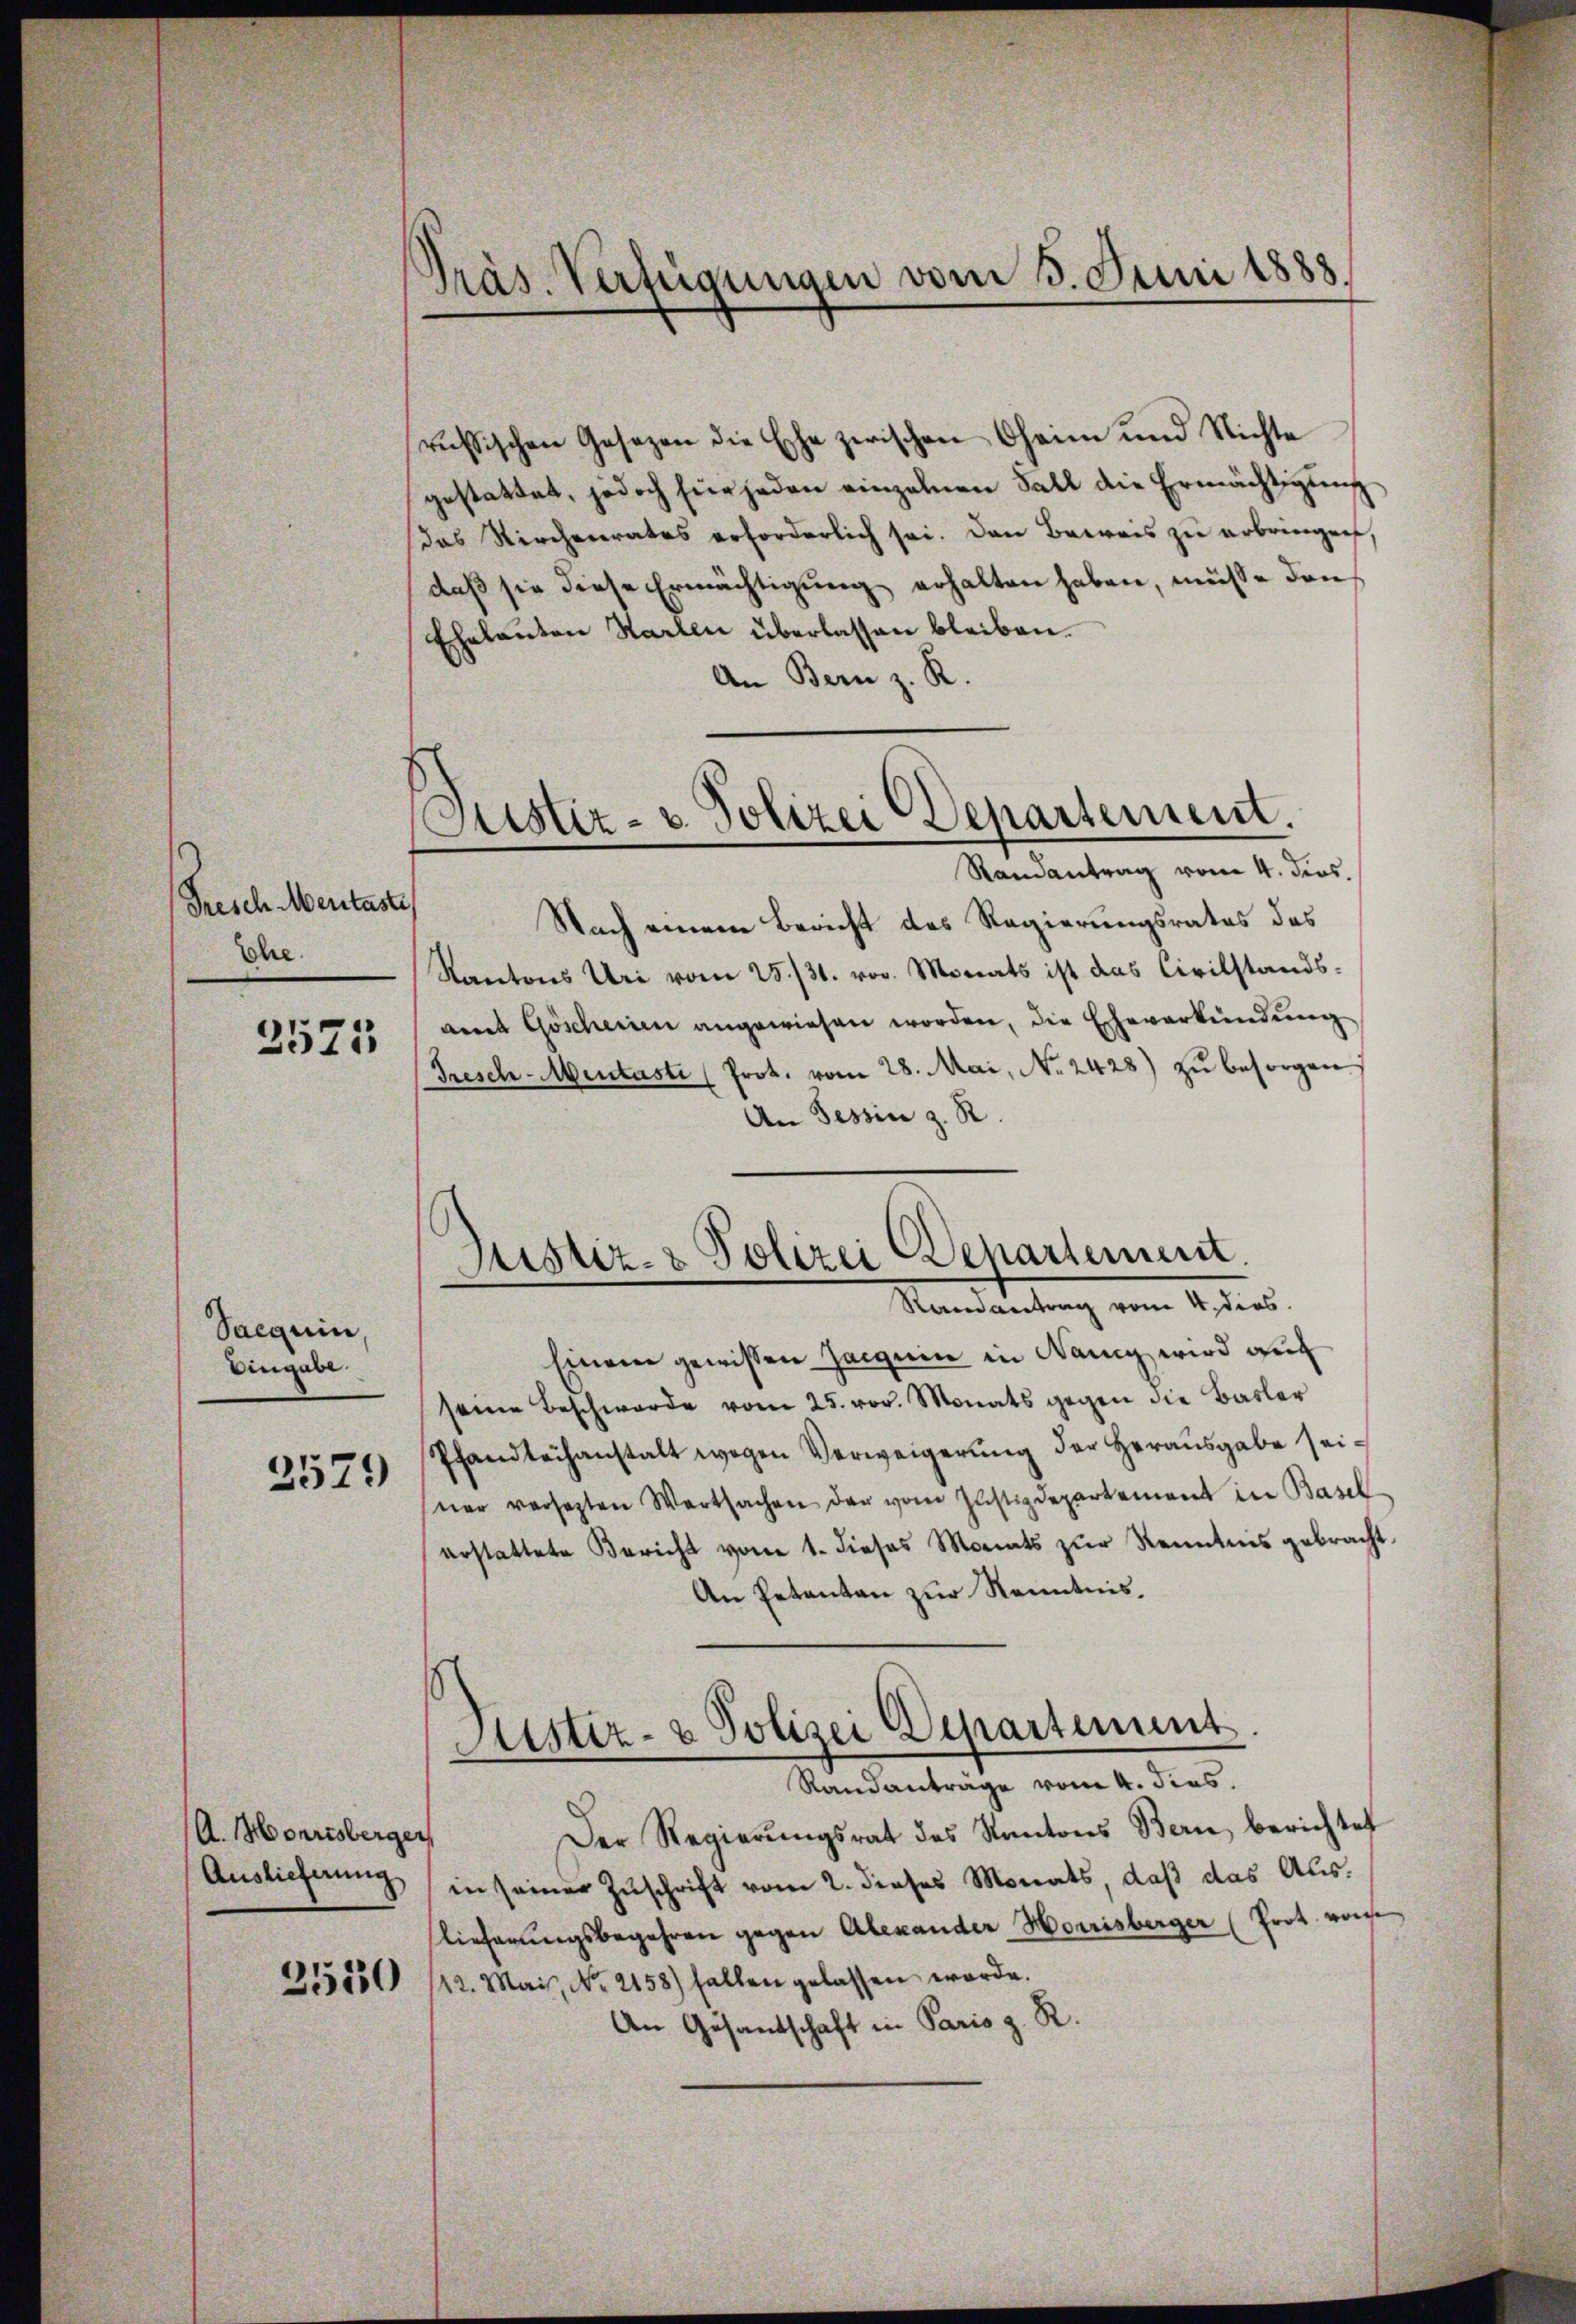
Fresch Mentaste
Ehe.
2575

Sacquin,
Eingabe.
2579

A. Honrisberger
Auslieferung

2530

Präs. Verfügungen vom 5. Juni 1888.

russischen Gesezen die Esche zwischen Chaim und Nichte
gestattet, jedoch für jeden einzelnen Fall die Ermächtigŭng.
das Kirchenrates erforderlich sei. Den Beweis zu erbringen
daß sie diese Ermächtigung erhalten haben, müsse dann
Eheleuten Harten überlassen bleiben.
An Bern z. R.
Justiz- u. Polizei Departement.
Randantrag vom 4. Jos.
Nach einem Bericht des Regierungsrates des
Kantons Uri vom 25./31. vor. Monats ist das Civilstandsamt Göscheinen angewiesen worden, die Eheverkündung
Tresch-Mentaste (Prot. vom 28. Mai, No. 2428) zŭ besorgen.
An Tessin z. R.

Justiz- & Polizei Departement.
Randantrag vom 4. dies
Einem gewissen Haignen in Danig wird auf

Randanträge vom 4. dies.

seine Beschwerde vom 25. vor. Monats gegen die Basler
Pfandleihanstalt wegen Verweigerung der Herausgabe seiner versetzten Wertsachen der vom Justizdepartement in Basel
erstattete Bericht vom 1. dieses Monats zŭr Kenntnis gebracht.
An Petenten zur Kenntnis.
Sistiz- & Polizei Departement

Der Regierungsrat des Kantons Bern, berichtet
in seiner Zuschrift vom 2. dieses Monats, daß das Auslieferungsbegehren gegen Alexander Horrisberger (Prot. vonse
112. Mai, No. 2158) fallen gelassen werde.
An Gesantschaft in Paris z. R.